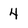
Character: 4